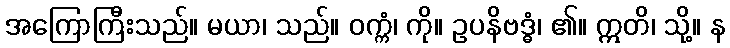
အကြောကြီးသည်။ မယာ၊ သည်။ ဝက္ကံ၊ ကို။ ဥပနိဗဒ္ဓံ၊ ၏။ ဣတိ၊ သို့။ န